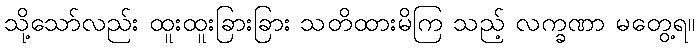
သို့သော်လည်း ထူးထူးခြားခြား သတိထားမိကြ သည့် လက္ခဏာ မတွေ့ရ။